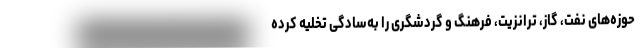
حوزه‌های نفت، گاز، ترانزیت، فرهنگ و گردشگری را به‌سادگی تخلیه کرده